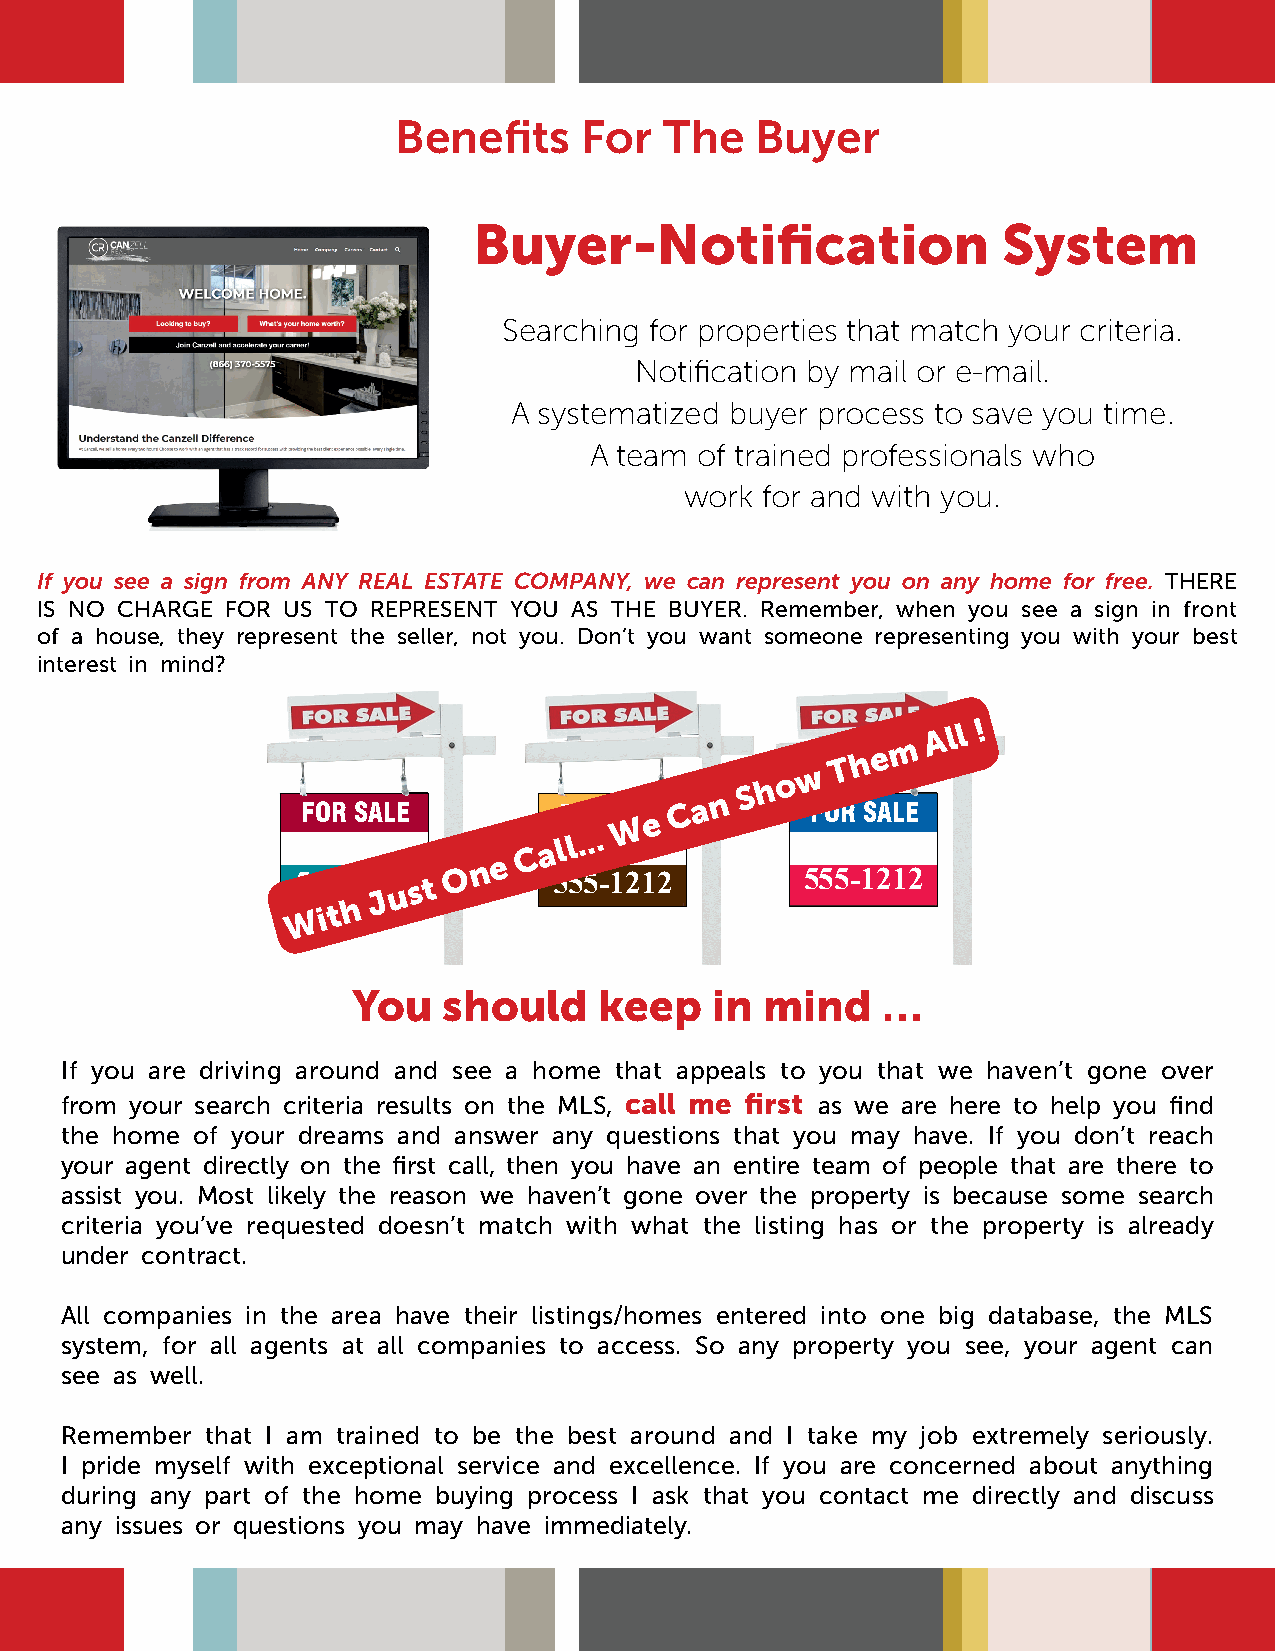
Benefits    For   The   Buyer
 Buyer-Notification                 System
 Searching for properties that match your criteria.
 Notification by mail or e-mail.
 A systematized buyer process to save you time.
 A team of trained professionals who
 work for and with you.
 If you see a sign from ANY REAL ESTATE COMPANY, we can represent you on any home for free. THERE
 IS NO CHARGE FOR US TO REPRESENT YOU AS THE BUYER. Remember, when you see a sign in front
 of a house, they represent the seller, not you. Don’t you want someone representing you with your best
 interest in mind?
 m
 A l l !
 w
 T h e
 FOR SALE         FOR S WALeE C a n
 S h o
 FOR SALE
 C a l l . . .
 W55 i5 t- h1 2 J1 u2s t O n e 555-1212 555-1212
 You   should     keep   in  mind   …
 If you are driving around and see a home that appeals to you that we haven’t gone over
 from your search criteria results on the MLS, call me first as we are here to help you find
 the home of your dreams and answer any questions that you may have. If you don’t reach
 your agent directly on the first call, then you have an entire team of people that are there to
 assist you. Most likely the reason we haven’t gone over the property is because some search
 criteria you’ve requested doesn’t match with what the listing has or the property is already
 under contract.
 All companies in the area have their listings/homes entered into one big database, the MLS
 system, for all agents at all companies to access. So any property you see, your agent can
 see as well.
 Remember  that I am trained to be the best around and I take my job extremely seriously.
 I pride myself with exceptional service and excellence. If you are concerned about anything
 during any part of the home buying process I ask that you contact me directly and discuss
 any issues or questions you may have immediately.